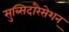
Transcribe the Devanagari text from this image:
सुब्सिदारैसेशन्